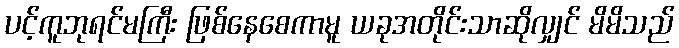
ပင့်ကူဘုရင်မကြီး ဖြစ်နေစေကာမူ ယခုအတိုင်းသာဆိုလျှင် မိမိသည်